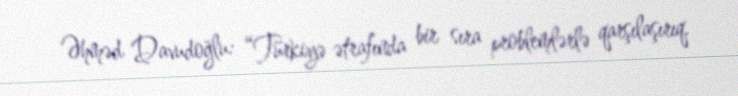
Əhməd Davudoğlu: “Türkiyə ətrafında bir sıra problemlərlə qarşılaşırıq.